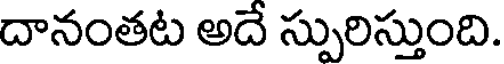
దానంతట అదే స్పురిస్తుంది.